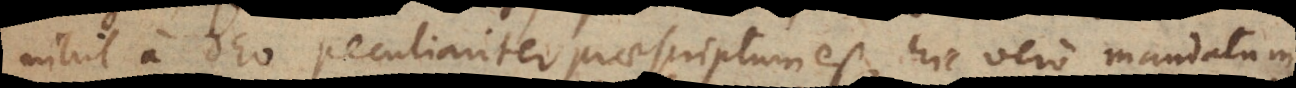
nihil a Deo peculiariter praescriptum est, hic vero mandatum